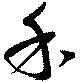
禾